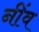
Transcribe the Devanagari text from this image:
नींंव